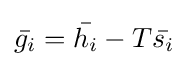
{\bar {g_{i}}}={\bar {h_{i}}}-T{\bar {s_{i}}}